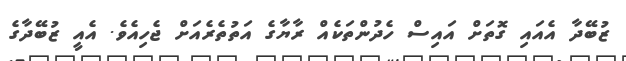
ޒުބޭދާ އެއައި ގޮތަށް އައިސް ހެދުންތަކެއް ރާޔާގެ އަތުތެރެއަށް ޖެހިއެވެ. އެއީ ޒުބޭދާގެ